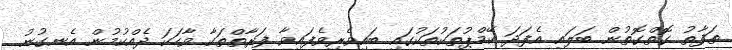
ތަފާތު ގޮތްގޮތުން ބަލައި އެފަދަ ކޭމްޕުތަކުތަކުގައި ބައިވެރިވެފައިވާ ފަރާތްތަކާ ވާހަކަ ދެއްކުމުން އެނގުނު